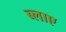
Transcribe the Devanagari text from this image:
ब्लाए